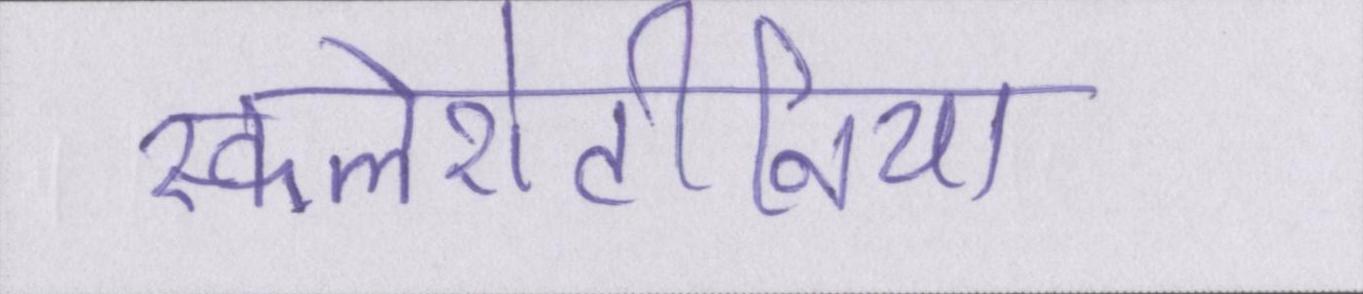
स्कलेरोटीनिया